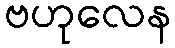
ဗဟုလေန